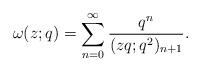
LaTeX: \begin{align*}\omega(z;q)&=\sum_{n=0}^{\infty} \frac{q^n}{(zq;q^2)_{n+1}}. \end{align*}